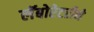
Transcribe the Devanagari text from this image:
लॅबोरेटरीने